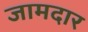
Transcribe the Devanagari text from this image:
जामदार